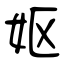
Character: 妪